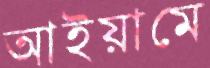
আইয়ামে